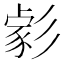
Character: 𢒪